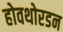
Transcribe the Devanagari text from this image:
होवथोरडन